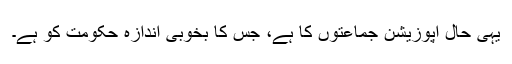
یہی حال اپوزیشن جماعتوں کا ہے، جس کا بخوبی اندازہ حکومت کو ہے۔